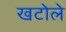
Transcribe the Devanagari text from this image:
खटोले